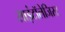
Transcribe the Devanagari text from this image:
साइंटॉलेजिस्ट